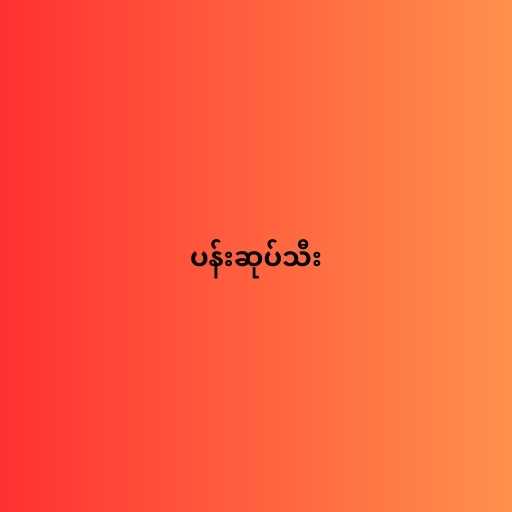
ပန်းဆုပ်သီး